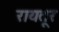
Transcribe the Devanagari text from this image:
रायतूर